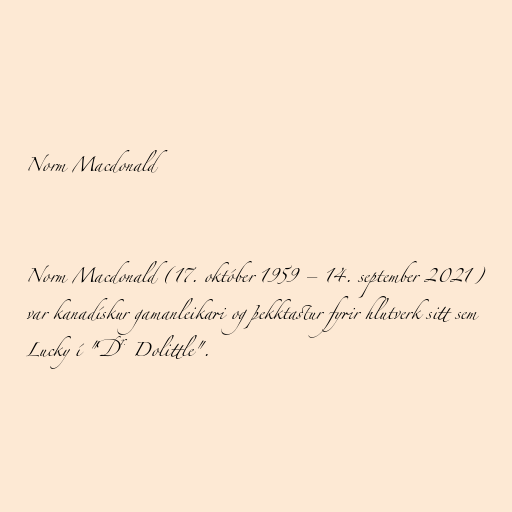
Norm Macdonald

Norm Macdonald (17. október 1959 – 14. september 2021)
var kanadískur gamanleikari og þekktastur fyrir hlutverk sitt sem
Lucky í "Dr. Dolittle".